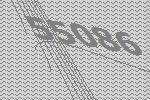
55086